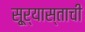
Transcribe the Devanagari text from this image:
सू्र्यास्ताची